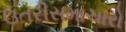
ઉતરીસમાચારો